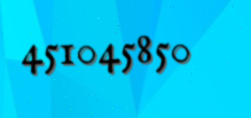
451045850